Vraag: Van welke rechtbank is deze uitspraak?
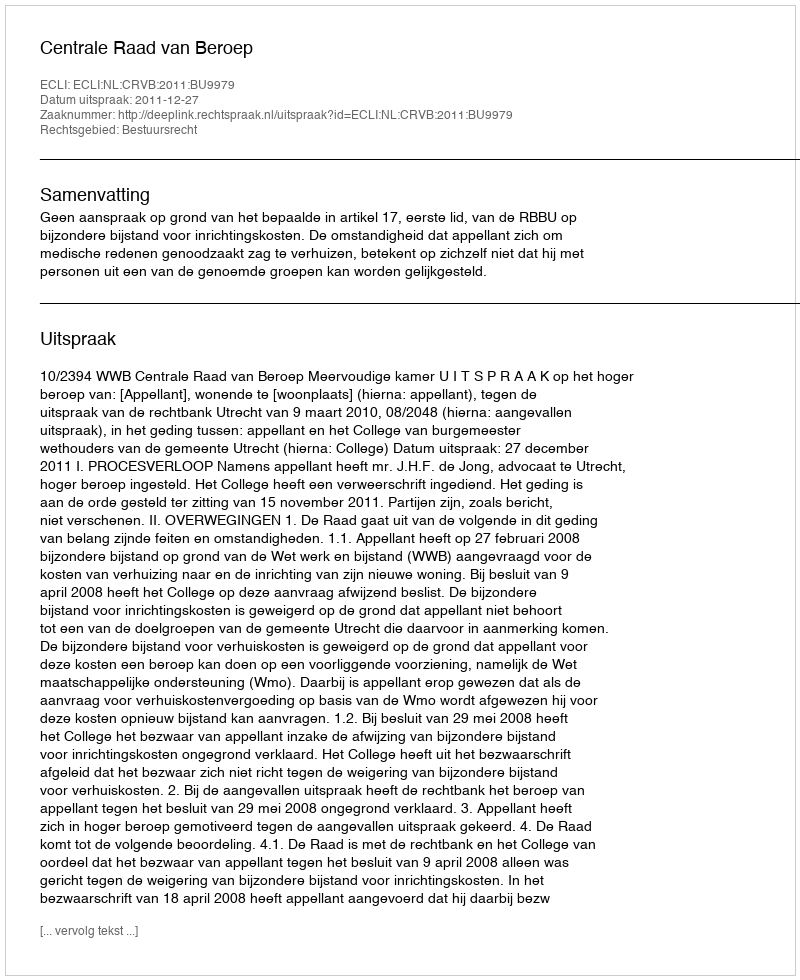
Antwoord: Centrale Raad van Beroep